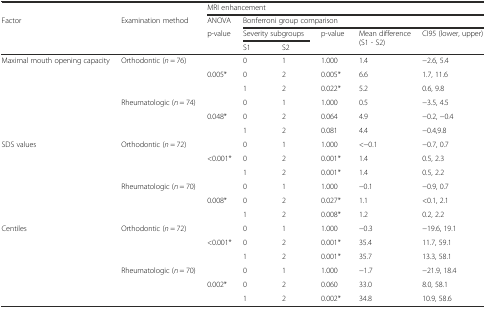
<table><thead><tr><td></td><td></td><td colspan="6"><b>MRI enhancement</b></td></tr><tr><td rowspan="3"><b>Factor</b></td><td rowspan="3"><b>Examination method</b></td><td><b>ANOVA</b></td><td colspan="5"><b>Bonferroni group comparison</b></td></tr><tr><td rowspan="2"><b>p-value</b></td><td colspan="2"><b>Severity subgroups</b></td><td rowspan="2"><b>p-value</b></td><td rowspan="2"><b>Mean difference (S1 - S2)</b></td><td rowspan="2"><b>CI95 (lower, upper)</b></td></tr><tr><td><b>S1</b></td><td><b>S2</b></td></tr></thead><tbody><tr><td rowspan="6">Maximal mouth opening capacity</td><td rowspan="3">Orthodontic (<i>n</i> = 76)</td><td></td><td>0</td><td>1</td><td>1.000</td><td>1.4</td><td>−2.6, 5.4</td></tr><tr><td>0.005*</td><td>0</td><td>2</td><td>0.005*</td><td>6.6</td><td>1.7, 11.6</td></tr><tr><td></td><td>1</td><td>2</td><td>0.022*</td><td>5.2</td><td>0.6, 9.8</td></tr><tr><td rowspan="3">Rheumatologic (<i>n</i> = 74)</td><td></td><td>0</td><td>1</td><td>1.000</td><td>0.5</td><td>−3.5, 4.5</td></tr><tr><td>0.048*</td><td>0</td><td>2</td><td>0.064</td><td>4.9</td><td>−0.2, −0.4</td></tr><tr><td></td><td>1</td><td>2</td><td>0.081</td><td>4.4</td><td>−0.4,9.8</td></tr><tr><td rowspan="6">SDS values</td><td rowspan="3">Orthodontic (<i>n</i> = 72)</td><td></td><td>0</td><td>1</td><td>1.000</td><td>&lt;−0.1</td><td>−0.7, 0.7</td></tr><tr><td>&lt;0.001*</td><td>0</td><td>2</td><td>0.001*</td><td>1.4</td><td>0.5, 2.3</td></tr><tr><td></td><td>1</td><td>2</td><td>0.001*</td><td>1.4</td><td>0.5, 2.2</td></tr><tr><td rowspan="3">Rheumatologic (<i>n</i> = 70)</td><td></td><td>0</td><td>1</td><td>1.000</td><td>−0.1</td><td>−0.9, 0.7</td></tr><tr><td>0.008*</td><td>0</td><td>2</td><td>0.027*</td><td>1.1</td><td>&lt;0.1, 2.1</td></tr><tr><td></td><td>1</td><td>2</td><td>0.008*</td><td>1.2</td><td>0.2, 2.2</td></tr><tr><td rowspan="6">Centiles</td><td rowspan="3">Orthodontic (<i>n</i> = 72)</td><td></td><td>0</td><td>1</td><td>1.000</td><td>−0.3</td><td>−19.6, 19.1</td></tr><tr><td>&lt;0.001*</td><td>0</td><td>2</td><td>0.001*</td><td>35.4</td><td>11.7, 59.1</td></tr><tr><td></td><td>1</td><td>2</td><td>0.001*</td><td>35.7</td><td>13.3, 58.1</td></tr><tr><td rowspan="3">Rheumatologic (<i>n</i> = 70)</td><td></td><td>0</td><td>1</td><td>1.000</td><td>−1.7</td><td>−21.9, 18.4</td></tr><tr><td>0.002*</td><td>0</td><td>2</td><td>0.060</td><td>33.0</td><td>8.0, 58.1</td></tr><tr><td></td><td>1</td><td>2</td><td>0.002*</td><td>34.8</td><td>10.9, 58.6</td></tr></tbody></table>